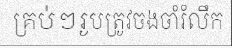
គ្រប់ៗរូបត្រូវចងចាំរំលឹក